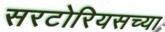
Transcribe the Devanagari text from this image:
सरटोरियसच्या